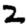
Digit: 2